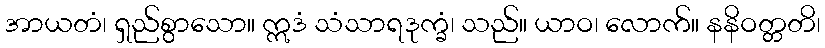
အာယတံ၊ ရှည်စွာသော။ ဣဒံ သံသာရဒုက္ခံ၊ သည်။ ယာဝ၊ လောက်။ နနိဝတ္တတိ၊